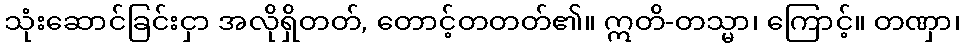
သုံးဆောင်ခြင်းငှာ အလိုရှိတတ်, တောင့်တတတ်၏။ ဣတိ-တသ္မာ၊ ကြောင့်။ တဏှာ၊